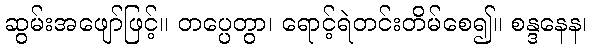
ဆွမ်းအဖျော်ဖြင့်။ တပ္ပေတွာ၊ ရောင့်ရဲတင်းတိမ်စေ၍။ စန္ဒနေန၊